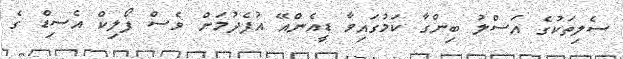
ސެލިތަކުގެ އަސްލު ބިންގާ ކަމުގައިވާ ޑީއެންއޭ އުފެދުމަށް ވެސް ފޯލިކް އެސިޑް ގެ